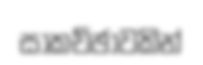
සාකච්ඡාවකින්